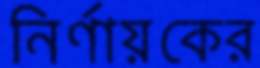
নির্ণায়কের